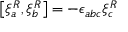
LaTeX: \left[ \xi _ { a } ^ { R } , \xi _ { b } ^ { R } \right] = - \epsilon _ { a b c } \xi _ { c } ^ { R }